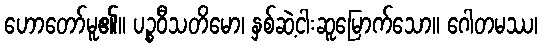
ဟောတော်မူ၏။ ပဉ္စဝီသတိမော၊ နှစ်ဆဲ့ငါးဆူမြောက်သော။ ဂေါတမဿ၊